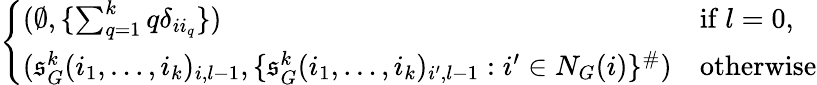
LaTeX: \left\{ \begin{array}{ll}{(\emptyset,\{ \sum_{q=1}^{k}q\delta_{ii_{q}}\} )}&{\mathrm{if~}l=0,}\\ {(\mathfrak{s}_{G}^{k}(i_{1},\dots,i_{k})_{i,l-1},\{ \mathfrak{s}_{G}^{k}(i_{1},\dots,i_{k})_{i^{\prime},l-1}:i^{\prime}\in N_{G}(i)\} ^{\# })}&{\mathrm{otherwise}}\end{array}\right.